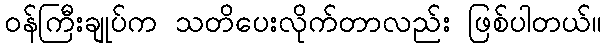
ဝန်ကြီးချုပ်က သတိပေးလိုက်တာလည်း ဖြစ်ပါတယ်။